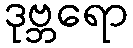
ဒုဗ္ဘရော